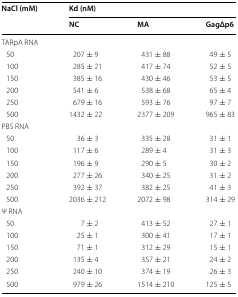
<table><thead><tr><td rowspan="2"><b>NaCl (mM)</b></td><td colspan="3"><b>Kd (nM)</b></td></tr><tr><td><b>NC</b></td><td><b>MA</b></td><td><b>GagΔp6</b></td></tr></thead><tbody><tr><td colspan="4">TARpA RNA</td></tr><tr><td> 50</td><td>207 ± 9</td><td>431 ± 88</td><td>49 ± 5</td></tr><tr><td> 100</td><td>285 ± 21</td><td>417 ± 74</td><td>52 ± 5</td></tr><tr><td> 150</td><td>385 ± 16</td><td>430 ± 46</td><td>53 ± 5</td></tr><tr><td> 200</td><td>541 ± 6</td><td>538 ± 68</td><td>65 ± 4</td></tr><tr><td> 250</td><td>679 ± 16</td><td>593 ± 76</td><td>97 ± 7</td></tr><tr><td> 500</td><td>1432 ± 22</td><td>2377 ± 209</td><td>965 ± 83</td></tr><tr><td colspan="4">PBS RNA</td></tr><tr><td> 50</td><td>36 ± 3</td><td>335 ± 28</td><td>31 ± 1</td></tr><tr><td> 100</td><td>117 ± 6</td><td>289 ± 4</td><td>31 ± 3</td></tr><tr><td> 150</td><td>196 ± 9</td><td>290 ± 5</td><td>30 ± 2</td></tr><tr><td> 200</td><td>277 ± 26</td><td>340 ± 25</td><td>31 ± 2</td></tr><tr><td> 250</td><td>392 ± 37</td><td>382 ± 25</td><td>41 ± 3</td></tr><tr><td> 500</td><td>2036 ± 212</td><td>2072 ± 98</td><td>314 ± 29</td></tr><tr><td colspan="4">Ψ RNA</td></tr><tr><td> 50</td><td>7 ± 2</td><td>413 ± 52</td><td>27 ± 1</td></tr><tr><td> 100</td><td>25 ± 1</td><td>300 ± 41</td><td>17 ± 1</td></tr><tr><td> 150</td><td>71 ± 1</td><td>312 ± 29</td><td>15 ± 1</td></tr><tr><td> 200</td><td>135 ± 4</td><td>357 ± 21</td><td>24 ± 2</td></tr><tr><td> 250</td><td>240 ± 10</td><td>374 ± 19</td><td>26 ± 3</td></tr><tr><td> 500</td><td>979 ± 26</td><td>1514 ± 210</td><td>125 ± 5</td></tr></tbody></table>